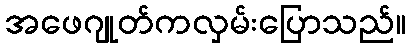
အဖေဂျုတ်ကလှမ်းပြောသည်။